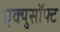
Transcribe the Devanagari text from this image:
एक्युसॉफ्ट